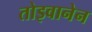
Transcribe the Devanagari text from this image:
तोइवानेन